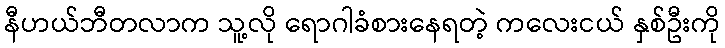
နီဟယ်ဘီတလာက သူ့လို ရောဂါခံစားနေရတဲ့ ကလေးငယ် နှစ်ဦးကို